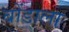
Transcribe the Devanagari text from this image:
बोंडाला